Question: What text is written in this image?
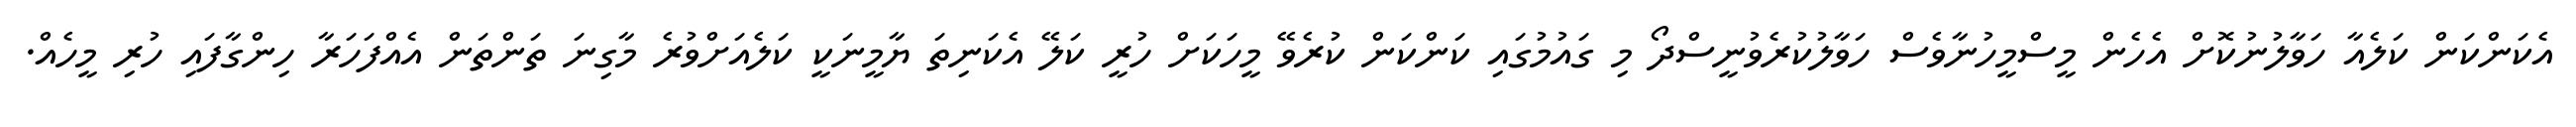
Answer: އެކަންކަން ކަލެއާ ހަވާލުނުކޮށް އެހެން މީސްމީހުނާވެސް ހަވާލުކުރެވުނީސްދޯ މި ގައުމުގައި ކަންކަން ކުރެވޭ މީހަކަށް ހުރީ ކަލޭ އެކަނިތަ ޔާމީނަކީ ކަލެއަށްވުރެ މާގިނަ ތަންތަން އެއްފަހަރާ ހިންގާފައި ހުރި މީހެއް.